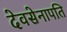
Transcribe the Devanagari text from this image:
देवसेनापति